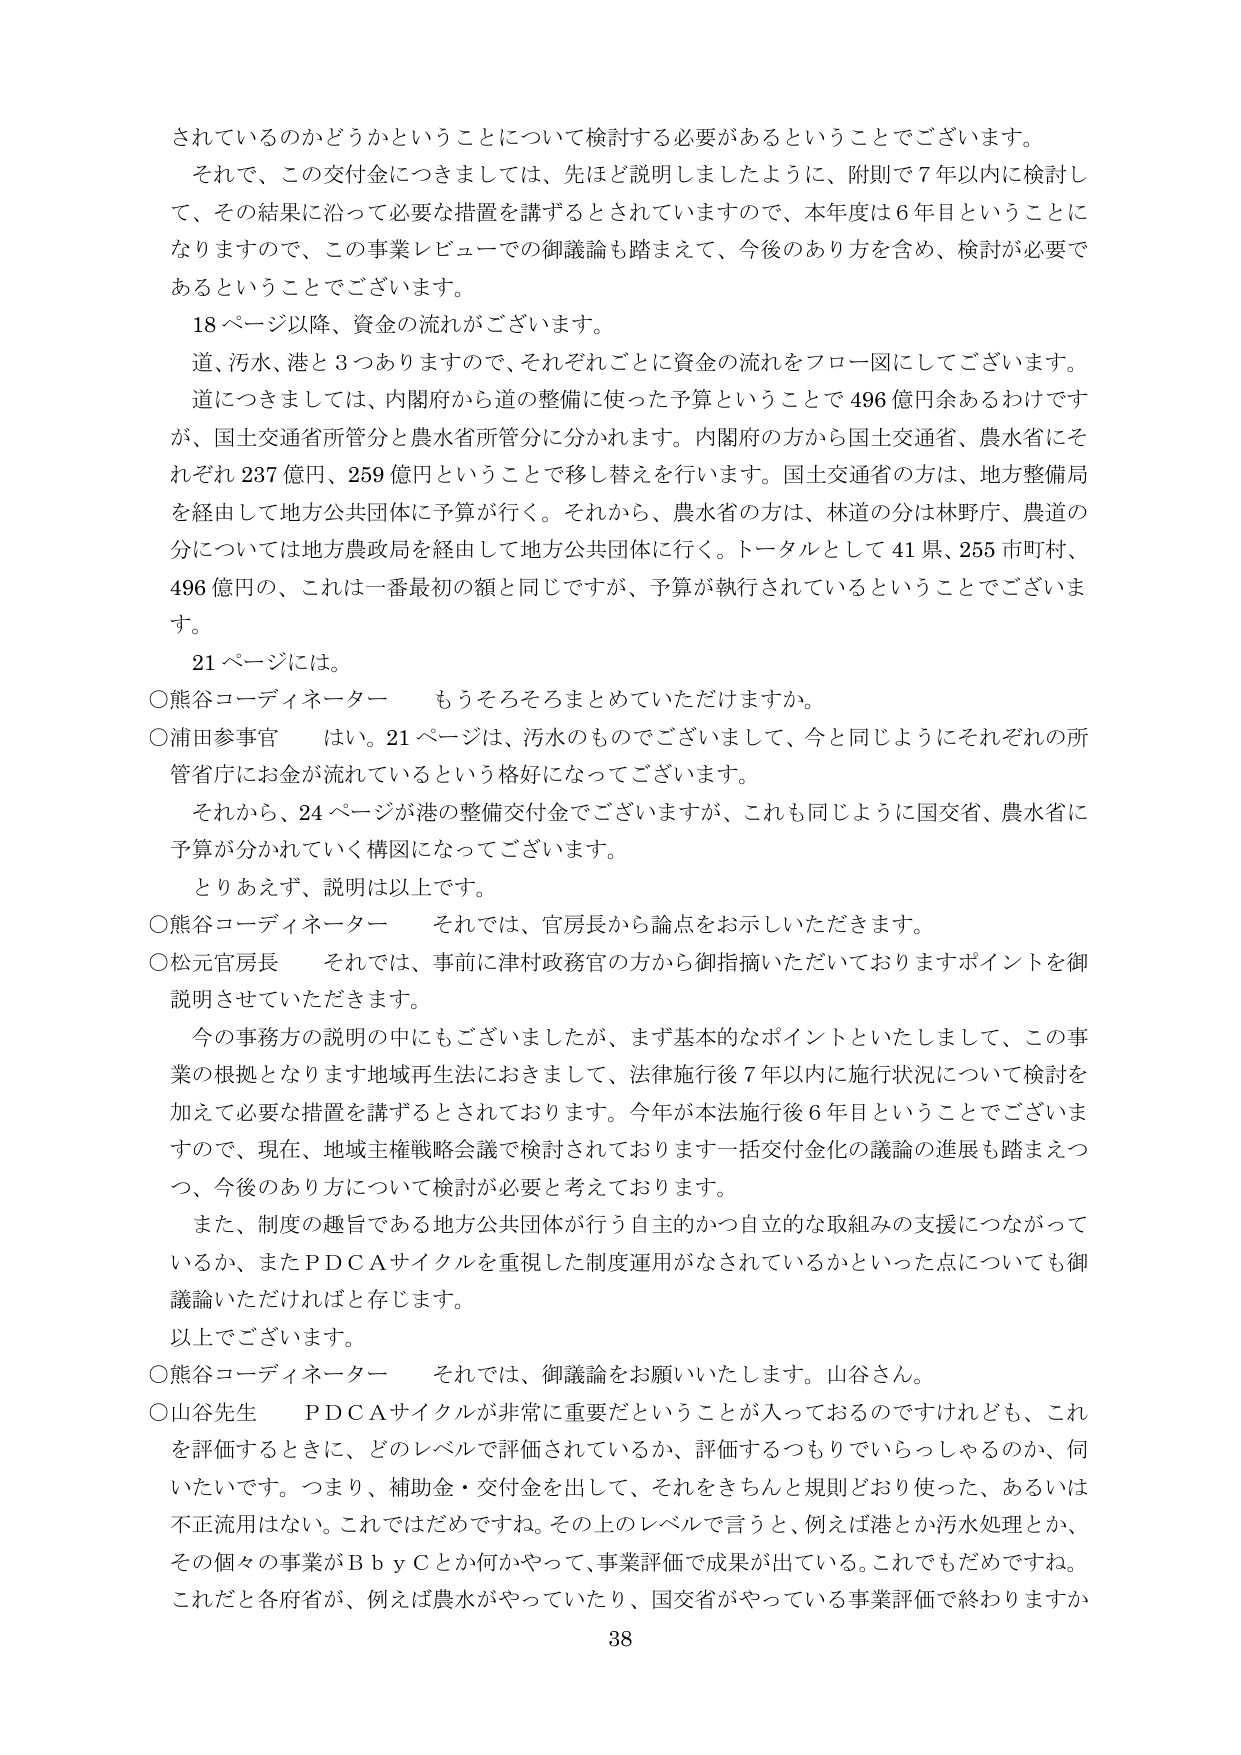
されているのかどうかということについて検討する必要があるということでございます。
それで、この交付金につきましては、先ほど説明しましたように、附則で７年以内に検討して、その結果に沿って必要な措置を講ずるとされていますので、本年度は６年目ということになりますので、この事業レビューでの御議論も踏まえて、今後のあり方を含め、検討が必要であるということでございます。
18ページ以降、資金の流れがございます。
道、汚水、港と３つありますので、それぞれごとに資金の流れをフロー図にしてございます。
道につきましては、内閣府から道の整備に使った予算ということで496億円余あるわけですが、国土交通省所管分と農水省所管分に分かれます。内閣府の方から国土交通省、農水省にそれぞれ237億円、259億円ということで移し替えを行います。国土交通省の方は、地方整備局を経由して地方公共団体に予算が行く。それから、農水省の方は、林道の分は林野庁、農道の分については地方農政局を経由して地方公共団体に行く。トータルとして41県、255市町村、496億円の、これは一番最初の額と同じですが、予算が執行されているということでございます。
21ページには。
○熊谷コーディネーター　もうそろそろまとめていただけますか。
○浦田参事官　はい。21ページは、汚水のものでございまして、今と同じようにそれぞれの所管省庁にお金が流れているという格好になってございます。
それから、24ページが港の整備交付金でございますが、これも同じように国交省、農水省に予算が分かれていく構図になってございます。
とりあえず、説明は以上です。
○熊谷コーディネーター　それでは、官房長から論点をお示しいただきます。
○松元官房長　それでは、事前に津村政務官の方から御指摘いただいておりますポイントを御説明させていただきます。
今の事務方の説明の中にもございましたが、まず基本的なポイントといたしまして、この事業の根拠となります地域再生法におきまして、法律施行後７年以内に施行状況について検討を加えて必要な措置を講ずるとされております。今年が本法施行後６年目ということでございますので、現在、地域主権戦略会議で検討されております一括交付金化の議論の進展も踏まえつつ、今後のあり方について検討が必要と考えております。
また、制度の趣旨である地方公共団体が行う自主的かつ自立的な取組みの支援につながっているか、またＰＤＣＡサイクルを重視した制度運用がなされているかといった点についても御議論いただければと存じます。
以上でございます。
○熊谷コーディネーター　それでは、御議論をお願いいたします。山谷さん。
○山谷先生　ＰＤＣＡサイクルが非常に重要だということが入っておるのですけれども、これを評価するときに、どのレベルで評価されているか、評価するつもりでいらっしゃるのか、伺いたいです。つまり、補助金・交付金を出して、それをきちんと規則どおり使った、あるいは不正流用はない。これではだめですね。その上のレベルで言うと、例えば港とか汚水処理とか、その個々の事業がＢｂｙＣとか何かやって、事業評価で成果が出ている。これでもだめですね。これだと各府省が、例えば農水がやっていたり、国交省がやっている事業評価で終わりますか
38